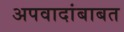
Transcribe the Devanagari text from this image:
अपवादांबाबत